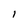
Character: l